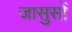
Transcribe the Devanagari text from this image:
जासुसों